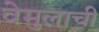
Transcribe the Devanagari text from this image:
वेमुलाची